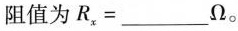
阻值为$$R_{x}=___Ω$$。